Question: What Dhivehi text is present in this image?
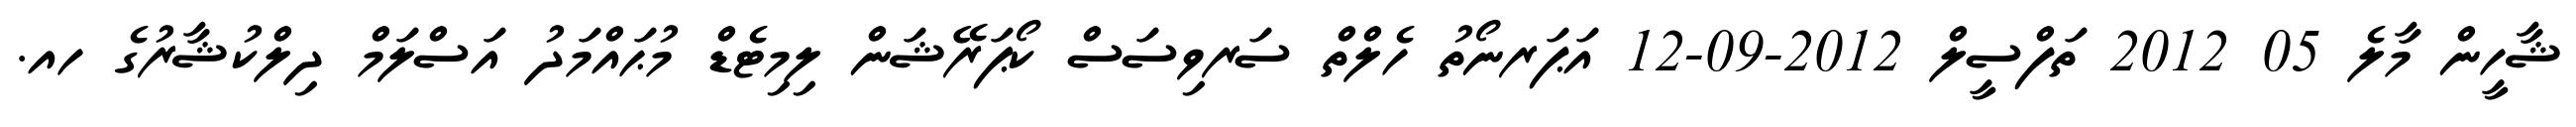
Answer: ޝާހީން މާލެ 05 2012 ތަފްސީލް 2012-09-12 އަޕަރނޯތު ހެލްތް ސަރވިސަސް ކޯޕަރޭޝަން ލިމިޓެޑް މުޙައްމަދު އަސްލަމް ދިލްކުޝާރުގެ ހއ.